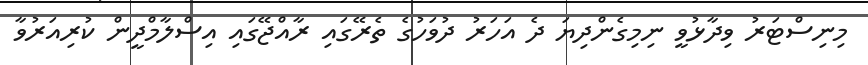
މިނިސްޓަރު ވިދާޅުވީ ނިމިގެންދިޔަ ދެ އަހަރު ދުވަހުގެ ތެރޭގައި ރާއްޖޭގައި އިސްލާމްދީން ކުރިއަރުވާ